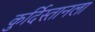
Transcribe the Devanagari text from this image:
कुर्दिस्तानला